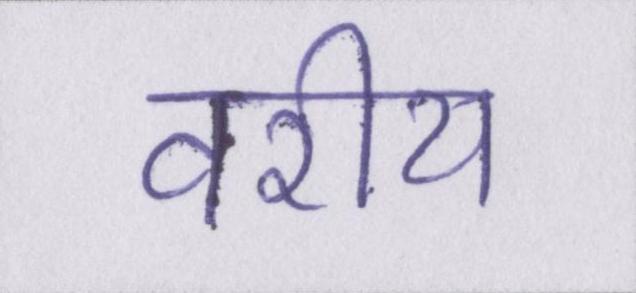
वरीय